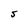
Character: S